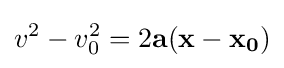
v^{2}-v_{0}^{2}=2\mathbf {a(x-x_{0})}